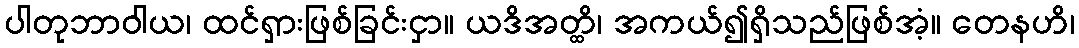
ပါတုဘာဝါယ၊ ထင်ရှားဖြစ်ခြင်းငှာ။ ယဒိအတ္ထိ၊ အကယ်၍ရှိသည်ဖြစ်အံ့။ တေနဟိ၊